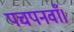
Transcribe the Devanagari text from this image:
पचपनवाँ।